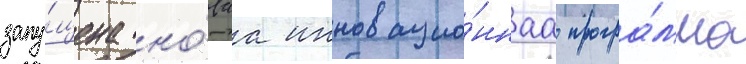
запу́щена но́ваа инновацио́ннаа програ́мма